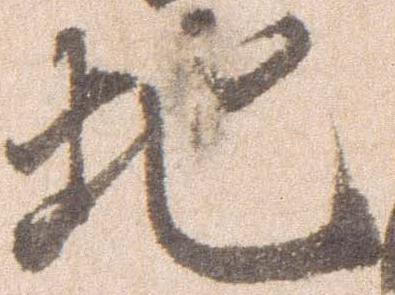
地